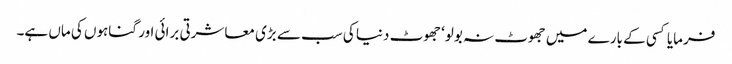
فرمایا کسی کے بارے میں جھوٹ نہ بولو‘ جھوٹ دنیا کی سب سے بڑی معاشرتی برائی اور گناہوں کی ماں ہے۔